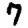
Digit: 7